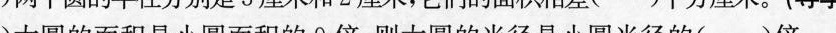
(3)大圆的面积是小圆面积的9倍，则大圆的半径是小圆半径的()倍。